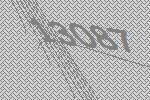
13087